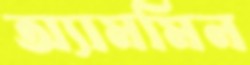
অ্যামমিন